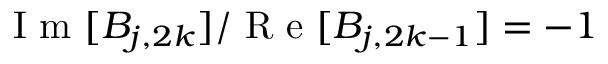
\textnormal { I m } [ B _ { j , 2 k } ] / \textnormal { R e } [ B _ { j , 2 k - 1 } ] = - 1